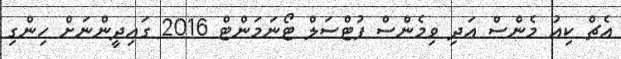
އެޗް ކިއު މެންސް އަދި ވިމެންސް ފުޓްސަލް ޓޯނަމަންޓް 2016 ގައިދީންނަށް ހިންގި